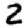
Digit: 2